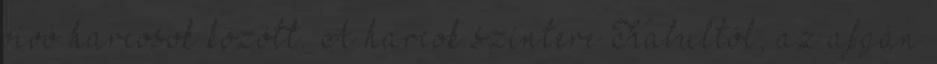
vívó harcosok között. A harcok színtere Kabultól, az afgán